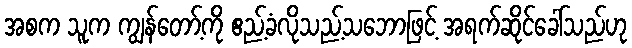
အစက သူက ကျွန်တော့်ကို ဧည့်ခံလိုသည့်သဘောဖြင့် အရက်ဆိုင်ခေါ်သည်ဟု